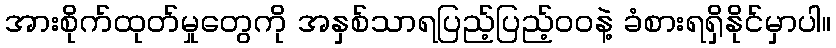
အားစိုက်ထုတ်မှုတွေကို အနှစ်သာရပြည့်ပြည့်ဝဝနဲ့ ခံစားရရှိနိုင်မှာပါ။